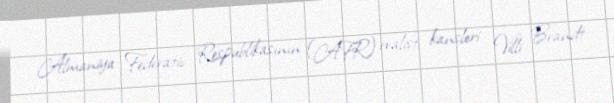
Almaniya Federativ Respublikasının (AFR) realist kansleri Villi Brandt